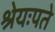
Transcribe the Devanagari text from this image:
श्रेयःपते